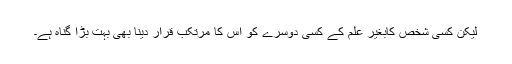
لیکن کسی شخص کابغیر علم کے کسی دوسرے کو اس کا مرتکب قرار دینا بھی بہت بڑا گناہ ہے۔